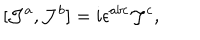
[ { \cal J } ^ { a } , { \cal J } ^ { b } ] = i \epsilon ^ { a b c } { \cal J } ^ { c } ,